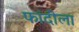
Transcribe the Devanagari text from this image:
फांदीला